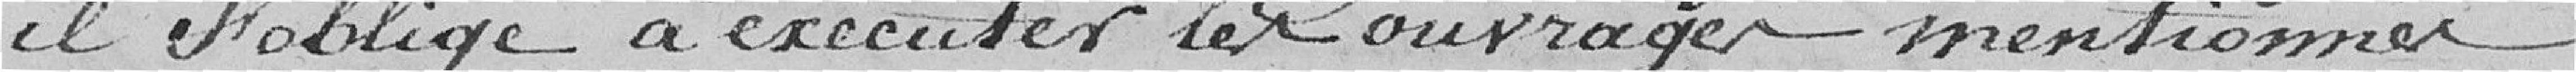
il s'oblige à exécuter les ouvrages mentionnés